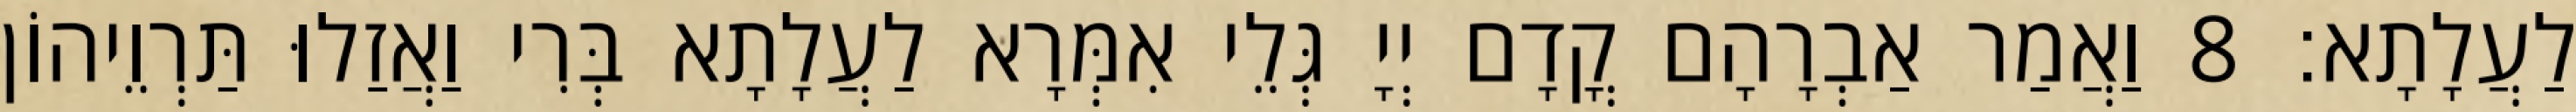
לַעֲלָתָא׃ 8 וַאֲמַר אַבְרָהָם קֳדָם יְיָ גְּלֵי אִמְּרָא לַעֲלָתָא בְּרִי וַאֲזַלוּ תַּרְוֵיהוֹן